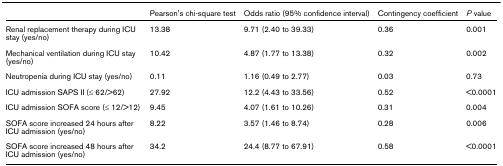
|  | Pearson's chi-square test | Odds ratio (95% confidence interval) | Contingency coefficient | P value |
 | --- | --- | --- | --- | --- |
 | Renal replacement therapy during ICU stay (yes/no) | 13.38 | 9.71 (2.40 to 39.33) | 0.36 | 0.001 |
 | Mechanical ventilation during ICU stay (yes/no) | 10.42 | 4.87 (1.77 to 13.38) | 0.32 | 0.002 |
 | Neutropenia during ICU stay (yes/no) | 0.11 | 1.16 (0.49 to 2.77) | 0.03 | 0.73 |
 | ICU admission SAPS II (≤ 62/>62) | 27.92 | 12.2 (4.43 to 33.56) | 0.52 | <0.0001 |
 | ICU admission SOFA score (≤ 12/>12) | 9.45 | 4.07 (1.61 to 10.26) | 0.31 | 0.004 |
 | SOFA score increased 24 hours after ICU admission (yes/no) | 8.22 | 3.57 (1.46 to 8.74) | 0.28 | 0.006 |
 | SOFA score increased 48 hours after ICU admission (yes/no) | 34.2 | 24.4 (8.77 to 67.91) | 0.58 | <0.0001 |